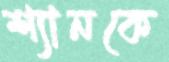
শ্যানকে